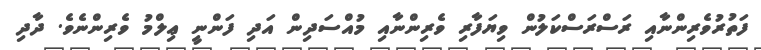
ފަތުރުވެރިންނާއި ރަސްރަސްކަލުން ވިޔަފާރި ވެރިންނާއި މުއްސަދިން އަދި ފަންނީ ޢިލްމު ވެރިންނެވެ. ދާދި